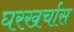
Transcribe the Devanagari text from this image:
घरखर्चास